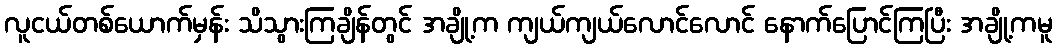
လူငယ်တစ်ယောက်မှန်း သိသွားကြချိန်တွင် အချို့က ကျယ်ကျယ်လောင်လောင် နောက်ပြောင်ကြပြီး အချို့ကမူ